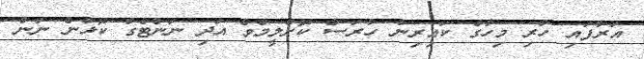
އަރާފައި ހުރި މިހާގެ ކައިރިން ހުރަސް ކޮށްލީމެވެ އަދި ނަންޓެގް ކޮޅުން ނަން